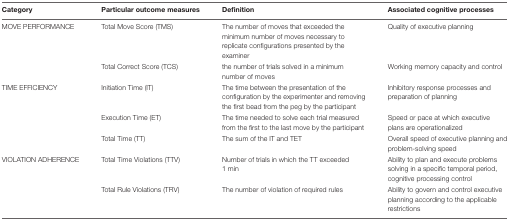
<table><thead><tr><td><b>Category</b></td><td><b>Particular outcome measures</b></td><td><b>Definition</b></td><td><b>Associated cognitive processes</b></td></tr></thead><tbody><tr><td>MOVE PERFORMANCE</td><td>Total Move Score (TMS)</td><td>The number of moves that exceeded the minimum number of moves necessary to replicate configurations presented by the examiner</td><td>Quality of executive planning</td></tr><tr><td></td><td>Total Correct Score (TCS)</td><td>the number of trials solved in a minimum number of moves</td><td>Working memory capacity and control</td></tr><tr><td>TIME EFFICIENCY</td><td>Initiation Time (IT)</td><td>The time between the presentation of the configuration by the experimenter and removing the first bead from the peg by the participant</td><td>Inhibitory response processes and preparation of planning</td></tr><tr><td></td><td>Execution Time (ET)</td><td>The time needed to solve each trial measured from the first to the last move by the participant</td><td>Speed or pace at which executive plans are operationalized</td></tr><tr><td></td><td>Total Time (TT)</td><td>The sum of the IT and TET</td><td>Overall speed of executive planning and problem-solving speed</td></tr><tr><td>VIOLATION ADHERENCE</td><td>Total Time Violations (TTV)</td><td>Number of trials in which the TT exceeded 1 min</td><td>Ability to plan and execute problems solving in a specific temporal period, cognitive processing control</td></tr><tr><td></td><td>Total Rule Violations (TRV)</td><td>The number of violation of required rules</td><td>Ability to govern and control executive planning according to the applicable restrictions</td></tr></tbody></table>